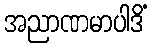
အညာဏမာပါဒိံ